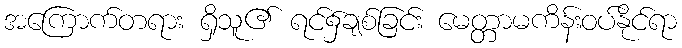
အကြောက်တရား ရှိသူ၏ ရင်၌ချစ်ခြင်း မေတ္တာမကိန်းဝပ်နိုင်ရာ